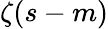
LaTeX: \zeta(s-m)